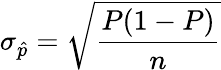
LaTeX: \sigma_{\hat{p}}={\sqrt{\frac{P(1-P)}{n}}}